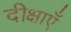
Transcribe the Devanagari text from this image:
दीक्षाएँ